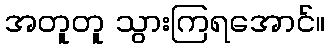
အတူတူ သွားကြရအောင်။